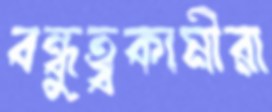
বন্ধুত্বকামীরা